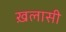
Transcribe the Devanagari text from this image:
ख़लासी